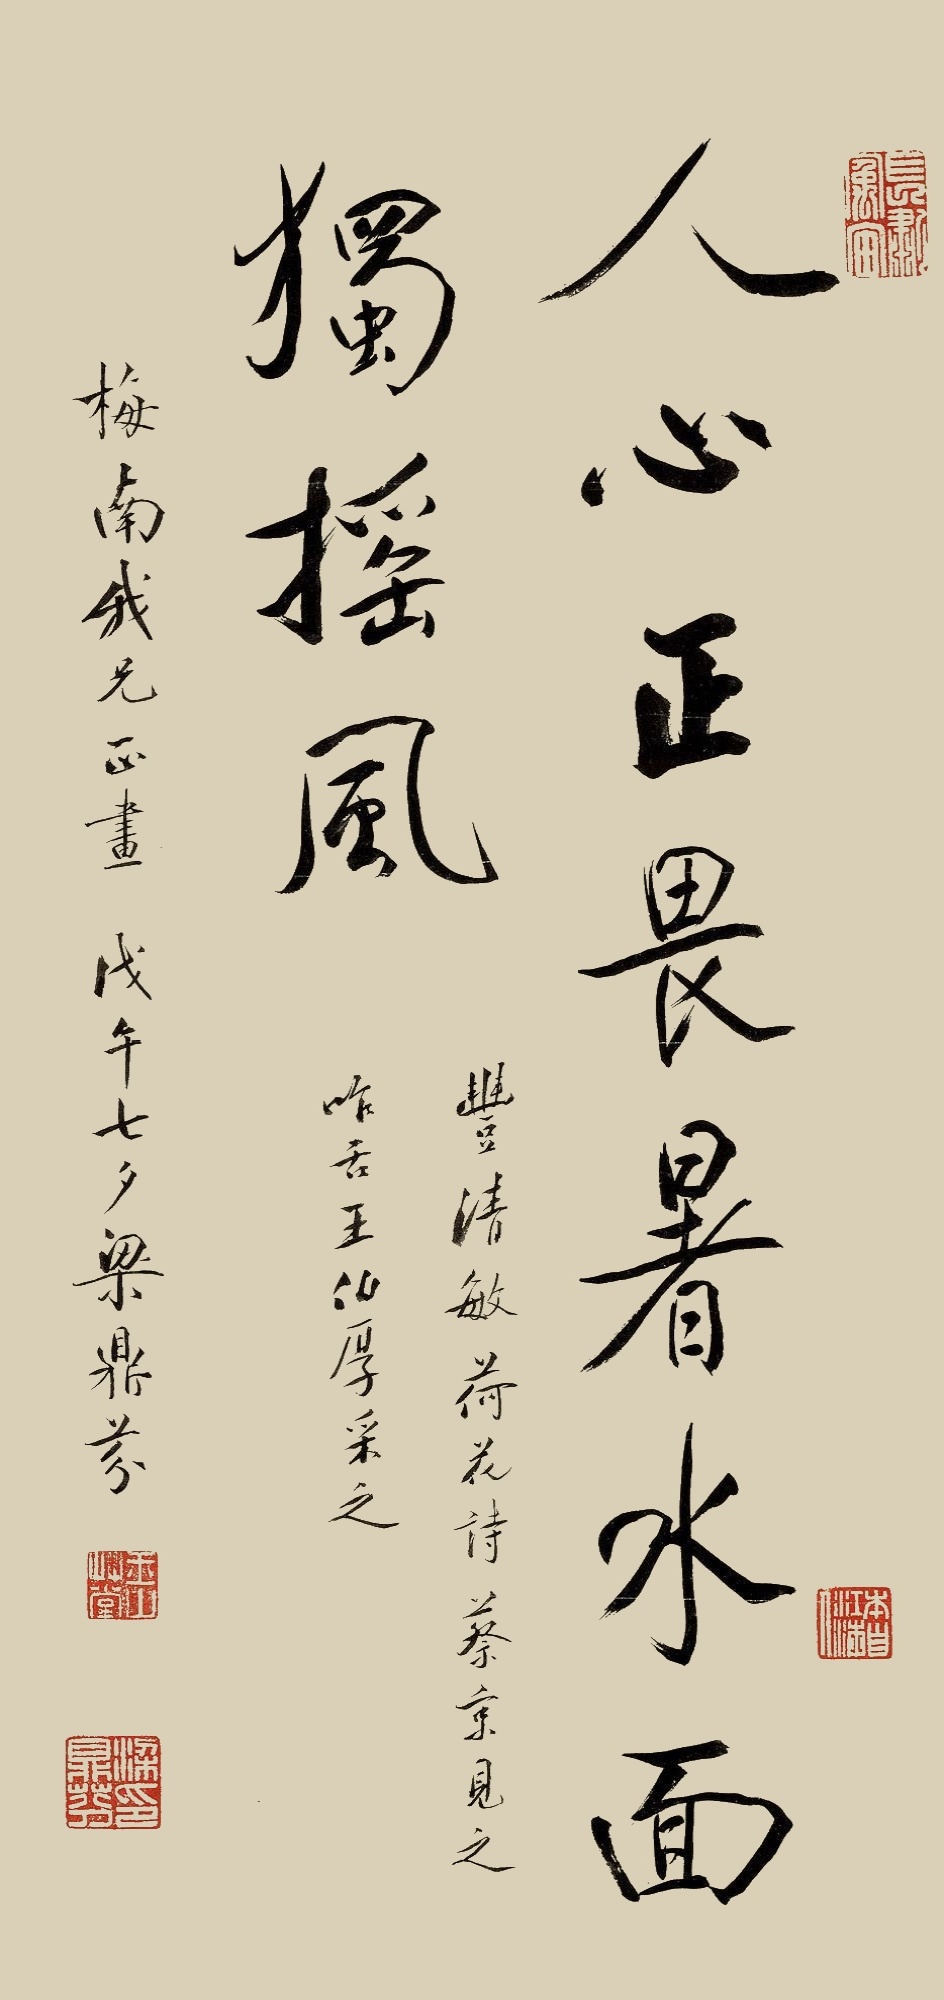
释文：人心正畏暑，水面犹摇风。丰清敏荷花诗，蔡京见之咋舌，王伯厚采之。梅南我兄正画，戊午七夕梁鼎芬。